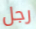
رجل